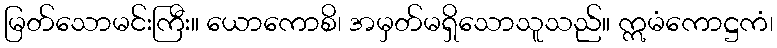
မြတ်သောမင်းကြီး။ ယောကောစိ၊ အမှတ်မရှိသောသူသည်။ ဣမံကောဋ္ဌကံ၊